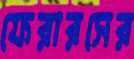
ফেরারসের